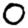
Digit: 0